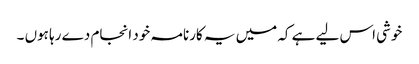
خوشی اس لیے ہے کہ میں یہ کارنامہ خود انجام دے رہا ہوں ۔